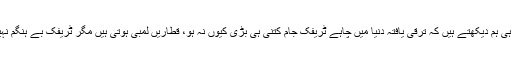
اور تب ہی ہم دیکھتے ہیں کہ ترقی یافتہ دنیا میں چاہے ٹریفک جام کتنی ہی بڑی کیوں نہ ہو، قطاریں لمبی ہوتی ہیں مگر ٹریفک بے ہنگم نہیں ہوتی۔